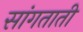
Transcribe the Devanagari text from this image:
सांगताती